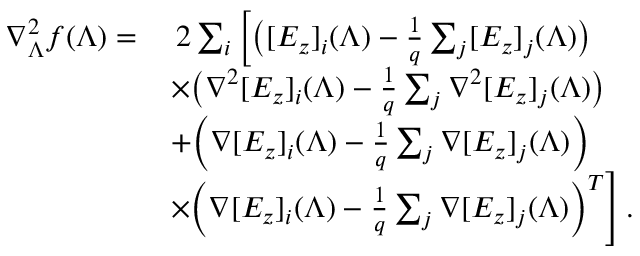
\begin{array} { r l } { \nabla _ { \boldsymbol { \Lambda } } ^ { 2 } f ( \boldsymbol { \Lambda } ) = } & { \; 2 \sum _ { i } \left[ \big ( [ E _ { z } ] _ { i } ( \boldsymbol { \Lambda } ) - \frac { 1 } { q } \sum _ { j } [ E _ { z } ] _ { j } ( \boldsymbol { \Lambda } ) \big ) \right. } \\ & { \left. \times \big ( \nabla ^ { 2 } [ E _ { z } ] _ { i } ( \boldsymbol { \Lambda } ) - \frac { 1 } { q } \sum _ { j } \nabla ^ { 2 } [ E _ { z } ] _ { j } ( \boldsymbol { \Lambda } ) \big ) \right. } \\ & { \left. + \Big ( \nabla [ E _ { z } ] _ { i } ( \boldsymbol { \Lambda } ) - \frac { 1 } { q } \sum _ { j } \nabla [ E _ { z } ] _ { j } ( \boldsymbol { \Lambda } ) \Big ) \right. } \\ & { \left. \times \Big ( \nabla [ E _ { z } ] _ { i } ( \boldsymbol { \Lambda } ) - \frac { 1 } { q } \sum _ { j } \nabla [ E _ { z } ] _ { j } ( \boldsymbol { \Lambda } ) \Big ) ^ { T } \right] . } \end{array}